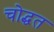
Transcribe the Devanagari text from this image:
चोद्धत